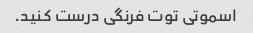
اسموتی توت فرنگی درست کنید.